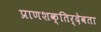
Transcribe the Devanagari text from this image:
प्राणशक्तिर्देवता